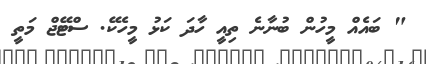
" ބައެއް މީހުން ބުނާނެ ތިއީ ހާދަ ކަޅު މީހެކޭ. ސްޓޭޖް މަތީ